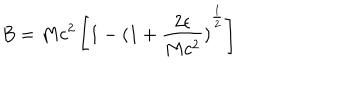
B = M c ^ { 2 } \left[ 1 - { ( 1 + \frac { 2 \epsilon } { M c ^ { 2 } } ) } ^ { \frac { 1 } { 2 } } \right]